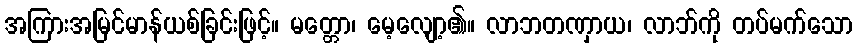
အကြားအမြင်မာန်ယစ်ခြင်းဖြင့်။ မတ္တော၊ မေ့လျော့၏။ လာဘတဏှာယ၊ လာဘ်ကို တပ်မက်သော